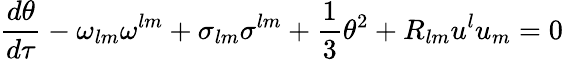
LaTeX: \frac{d\theta}{d\tau}-\omega_{lm}\omega^{lm}+\sigma_{lm}\sigma^{lm}+\frac{1}{3}\theta^{2}+R_{lm}u^{l}u_{m}=0